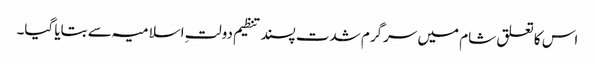
اس کا تعلق شام میں سرگرم شدت پسند تنظیم دولتِ اسلامیہ سے بتایا گیا۔